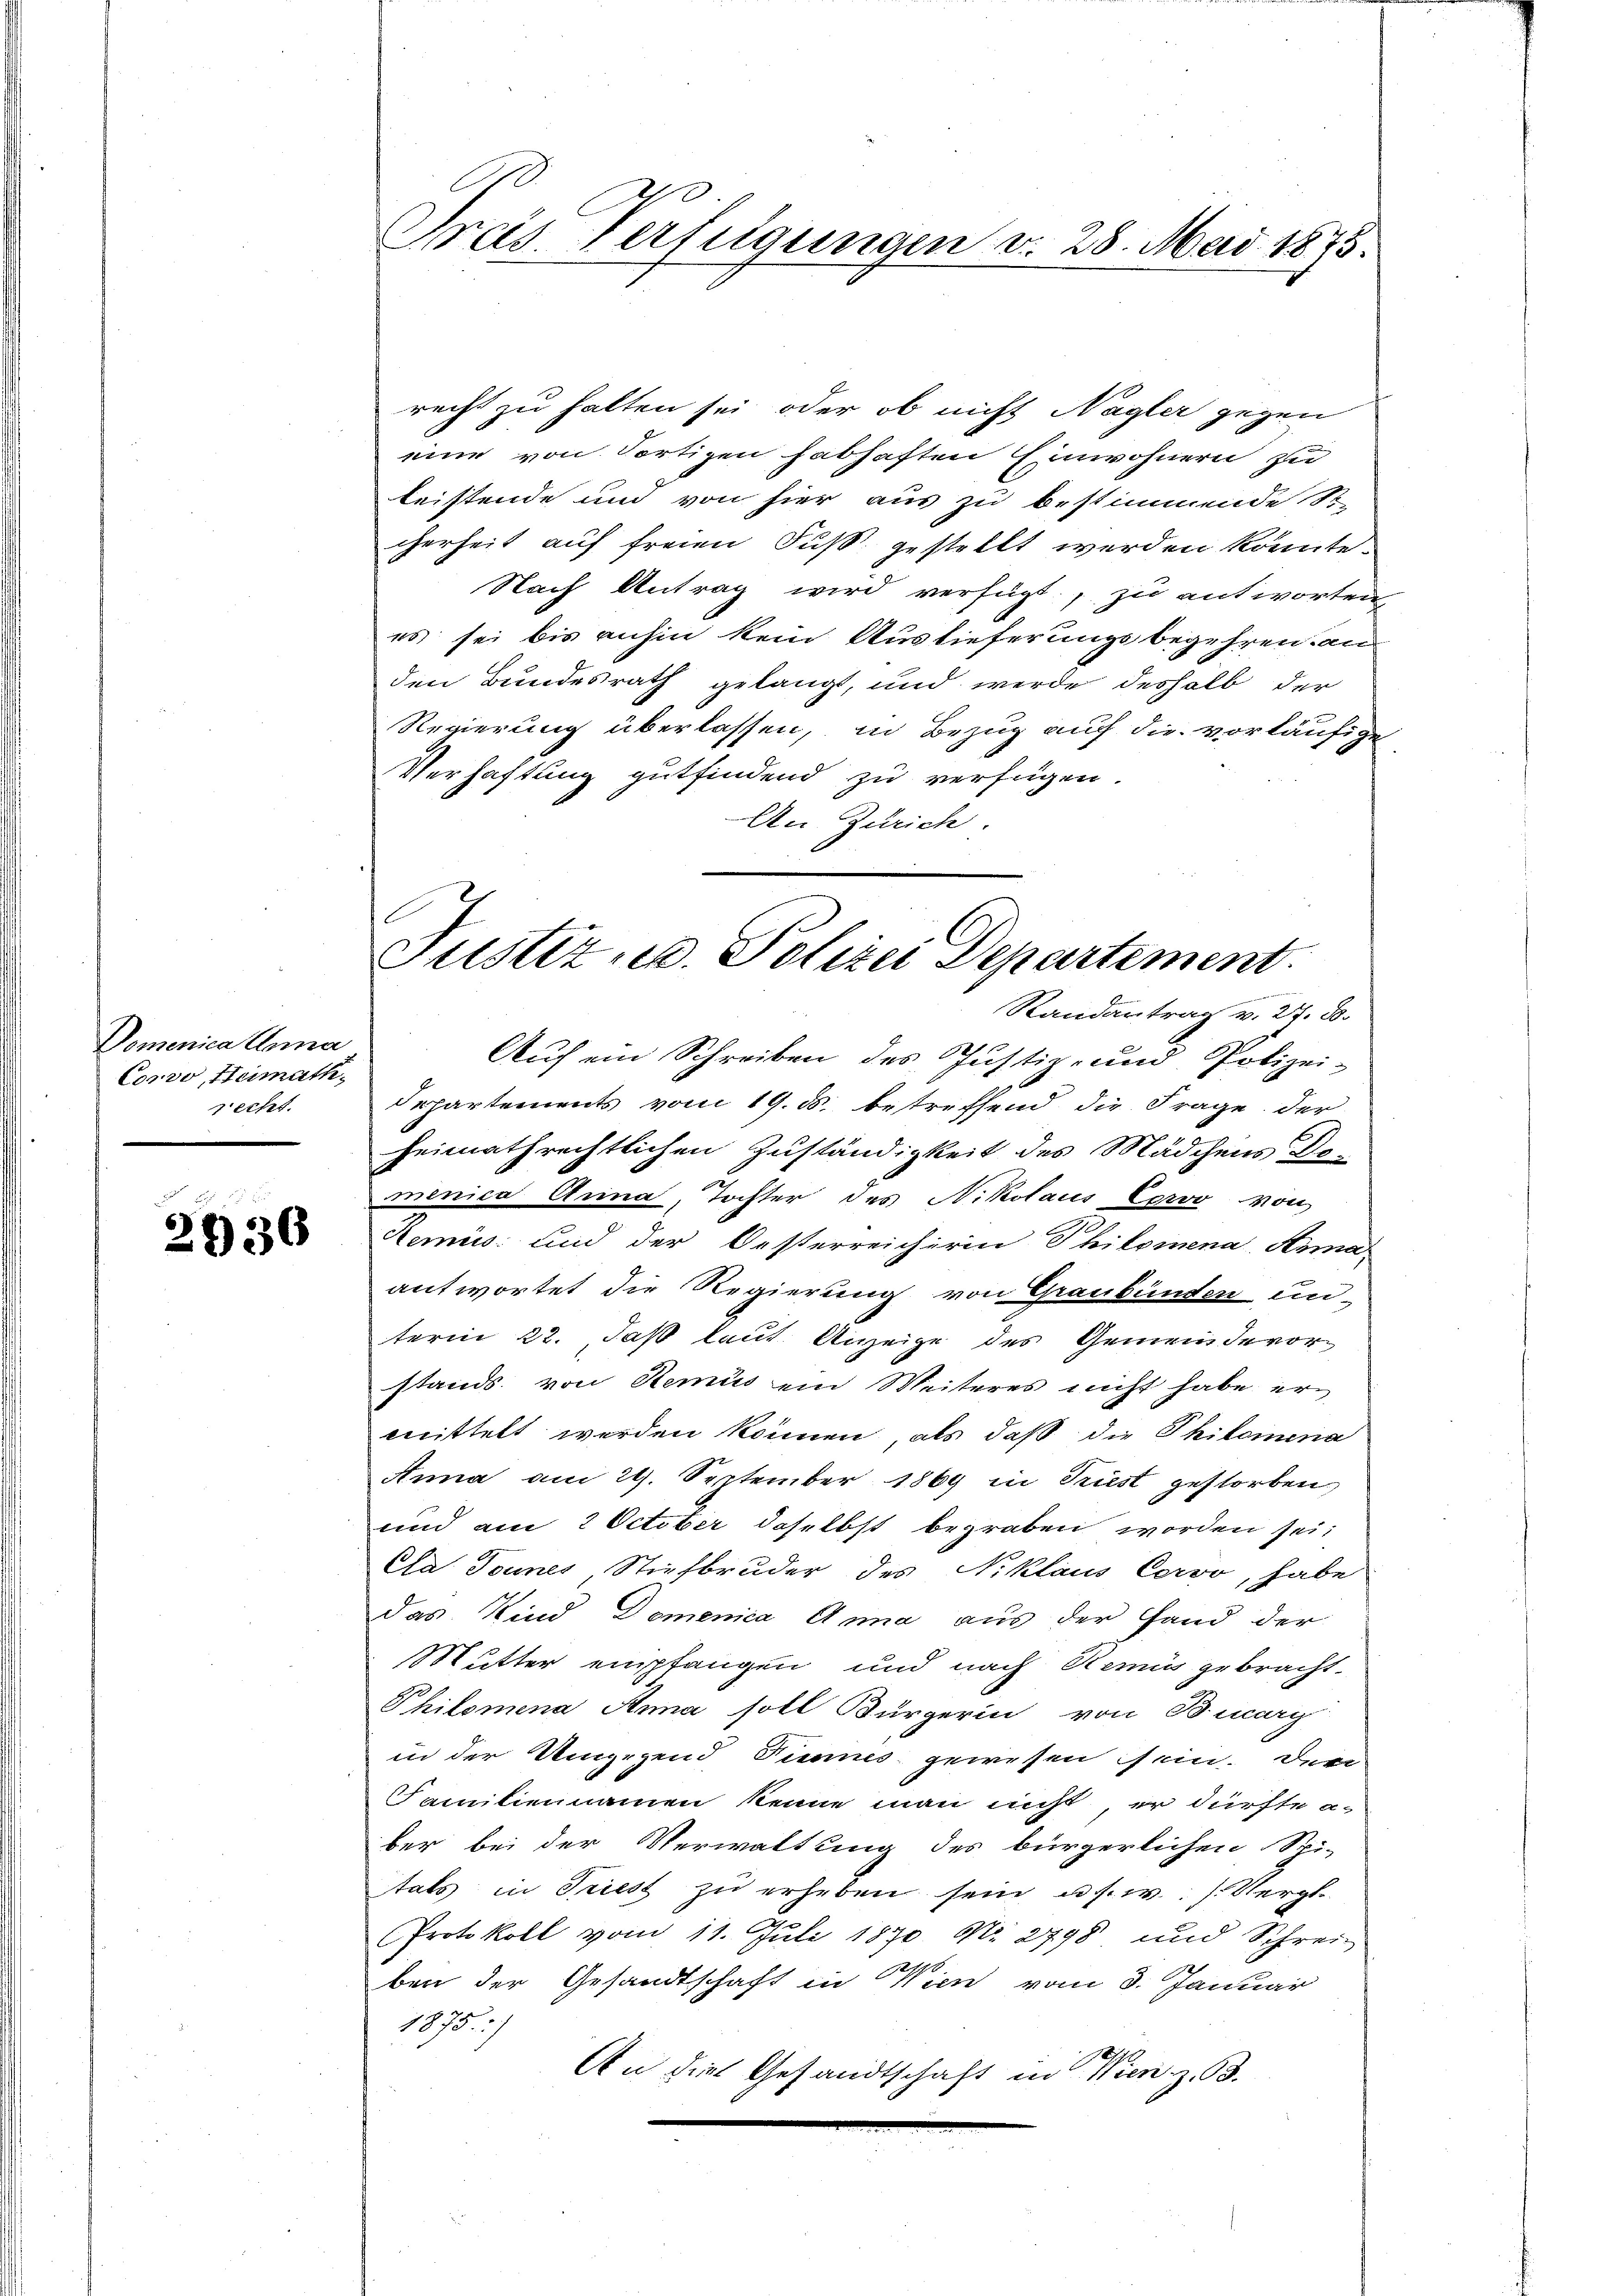
Domenica Anna
Corro, Heimath-
recht.

2930

recht zu halten sei, oder ob nicht Nagler gegen
eine von Portigen habhaften Einwohnern zu
leistende und von hier aus zu bestimmende S
cherheit auf freien Fuß gestellt werden könnte.
Nach Antrag wird verfügt, zu antworten
es sei bis anhin kein Auslieferungsbegehren an
den Bundesrath gelangt, und werde deshalb der
Regierung überlassen, in Bezug auf die vorläufigen
Verhaftung gutfindend zu verfügen.
An Zürich.

Präs. Verfügungen v. 28. Mai 1873.

Justiz- u. Polizei Departement

Randantrag v. 27. B.
Auf ein Schreiben des Justiz- und Polizei-
Departements vom 19. ds. betreffend die Frage der
heimathrechtlichen Zuständigkeit des Mädchens De-
menica Arina, Tochter des Nikolaus Cervo von
Lemins und der Oesterreichiren Philomena, Anna
antwortet die Regierung von Graubünden un-
term 22. Jaß laut Anzeige des Gemeindevorstands von Remis ein Weiteres nicht habe er
mittelt werden können, als daß die Philomina
Anna am 29. September 1869 in Triest gestorben
und am 2 October daselbst begraben worden sei;
Ca Tonnes Stiefbruder des Niklaus Corvo, habe
das Kind Domenica Anna aus der Hand der
Mutter empfangen und nach Remus gebracht.
Philomena Anna soll Bürgerin von Baarg
in der Umgegend dieses gewesen sein. Den
Familiennamen kenne man nicht er dürfte a-
ber bei der Verwaltung des bürgerlichen Spi-
tats in Triest zu erheben sein u. s. w. Vergl
Protokoll vom 11. Juli 1870 Nr. 2798 und Schrei
ben der Gesandtschaft in Wien vom 3. Januar
1875.
An die Gesandtschaft in Wien z. B.
m